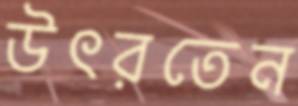
উৎরতেন